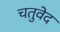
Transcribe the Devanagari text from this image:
चतुवेद